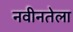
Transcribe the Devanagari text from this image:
नवीनतेला